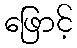
ဖြောင့်